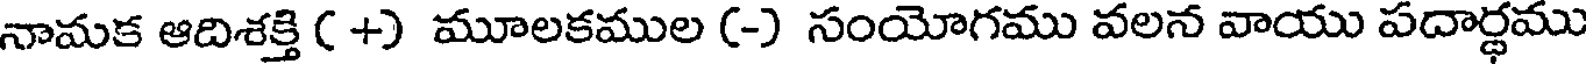
నామక ఆదిశక్తి ( +) మూలకముల (-) సంయోగము వలన వాయు పదార్థము